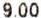
9.00